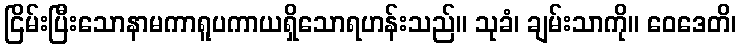
ငြိမ်းပြီးသောနာမကာရူပကာယရှိသောရဟန်းသည်။ သုခံ၊ ချမ်းသာကို။ ဝေဒေတိ၊